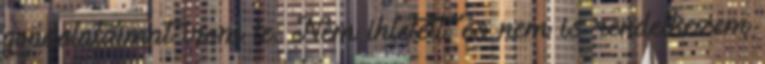
gondolataimat írom le. Nem ihletett, és nem is rendelkezem